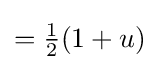
={\tfrac {1}{2}}(1+u)